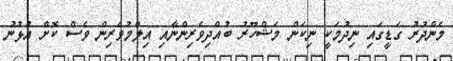
މެންދުރު ގަޑީގައި ނިދުމަކީ ނިކަން މަޝްހޫރު ބުއްދިވެރިންނާއި އިލްމުވެރިން ވެސް ކޮށް އުޅުނު